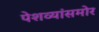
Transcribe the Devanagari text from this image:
पेशव्यांसमोर